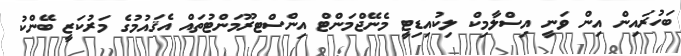
ބަހުރައިން އިން ވަނީ އިސްލާމިކް ލިކުއިޑިޓީ މެނޭޖްމަންޓް އިންސްޓރޫމަންޓުތައް އެޤައުމުގެ މަރުކަޒީ ބޭންކު